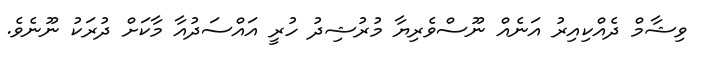
ވިޝާމް ދެއްކިއިރު އަނެއް ނޫސްވެރިޔާ މުރުޝިދު ހުރީ އައްސަދުއާ މާކަށް ދުރަކު ނޫނެވެ.